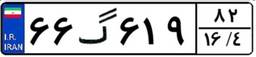
۶۶گ۶۱۹۸۲